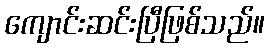
ကျောင်းဆင်းပြီဖြစ်သည်။